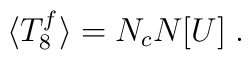
\langle T_8^f\rangle = N_c N[U]\;.